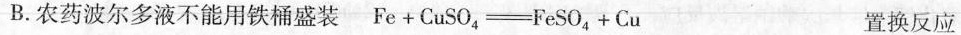
B.农药波尔多液不能用铁桶盛装Fe+CuSO_{4} \xlongequal[]{} FeSO_{4}+Cu 置换反应